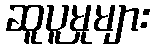
ဆူပူမှုများ